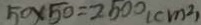
5 0 \times 5 0 = 2 5 0 0 ( c m ^ { 2 } )